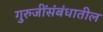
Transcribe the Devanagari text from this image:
गुरुजींसंबंधातील